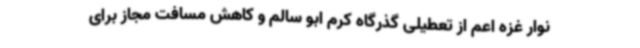
نوار غزه اعم از تعطیلی گذرگاه کرم ابو سالم و کاهش مسافت مجاز برای